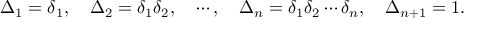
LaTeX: \Delta _ { 1 } = \delta _ { 1 } , \quad \Delta _ { 2 } = \delta _ { 1 } \delta _ { 2 } , \quad \cdots , \quad \Delta _ { n } = \delta _ { 1 } \delta _ { 2 } \cdots \delta _ { n } , \quad \Delta _ { n + 1 } = 1 .